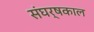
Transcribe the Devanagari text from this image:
संघर्षकाल